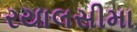
રયાલસીમા